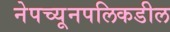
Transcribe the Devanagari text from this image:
नेपच्यूनपलिकडील